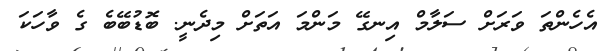
އެހެންތަ ވަރަށް ސަލާމް އިނގޭ މަންމަ އަތަށް މިދެނީ. ބޮޑުބޭބެ ގެ ވާހަކަ